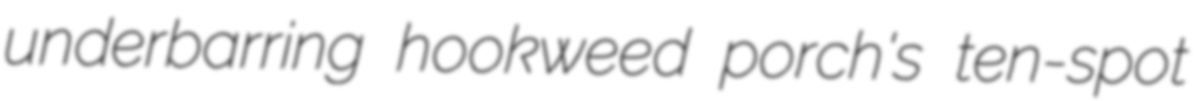
underbarring hookweed porch's ten-spot